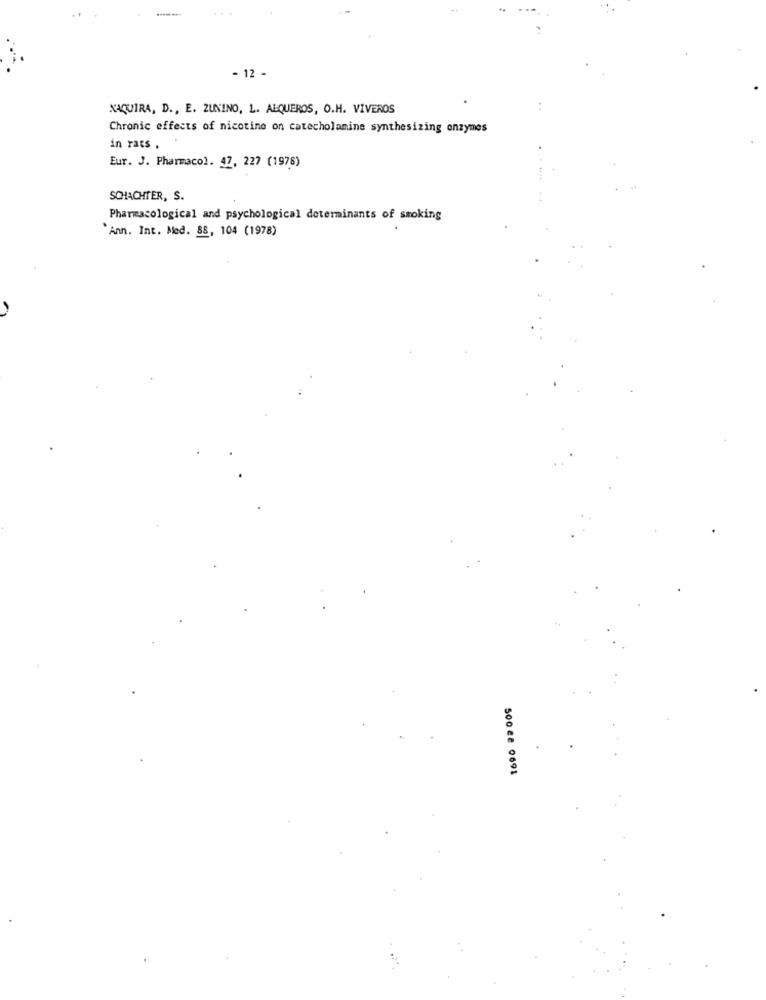
- 12 -
NAQUIRA, D ., E. ZUNINO, L. ALQUEROS, O.H. VIVEROS
Chronic effects of nicotine on catecholamine synthesizing enzymes
in rats .
Eur. J. Pharmacol. 47, 227 (1978)
SCHACHTER, S.
Pharmacological and psychological determinants of smoking
'Ann. Int. Med. 88, 104 (1978)
500 e8 0691